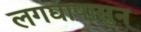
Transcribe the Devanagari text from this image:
लगद्यापासुन